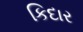
કિદાર